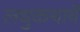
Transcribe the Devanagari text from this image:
लधुकथायें